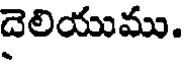
దెలియుము.